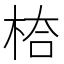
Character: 𭪅